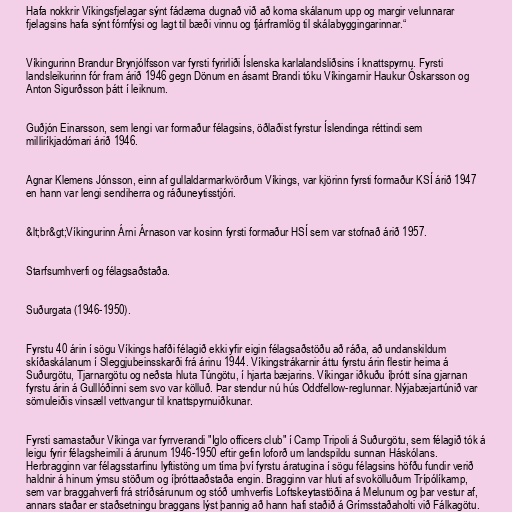
Hafa nokkrir Víkingsfjelagar sýnt fádæma dugnað við að koma skálanum upp og margir velunnarar
fjelagsins hafa sýnt fórnfýsi og lagt til bæði vinnu og fjárframlög til skálabyggingarinnar.“

Víkingurinn Brandur Brynjólfsson var fyrsti fyrirliði Íslenska karlalandsliðsins í knattspyrnu. Fyrsti
landsleikurinn fór fram árið 1946 gegn Dönum en ásamt Brandi tóku Víkingarnir Haukur Óskarsson og
Anton Sigurðsson þátt í leiknum.

Guðjón Einarsson, sem lengi var formaður félagsins, öðlaðist fyrstur Íslendinga réttindi sem
milliríkjadómari árið 1946.

Agnar Klemens Jónsson, einn af gullaldarmarkvörðum Víkings, var kjörinn fyrsti formaður KSÍ árið 1947
en hann var lengi sendiherra og ráðuneytisstjóri.

&lt;br&gt;Víkingurinn Árni Árnason var kosinn fyrsti formaður HSÍ sem var stofnað árið 1957.

Starfsumhverfi og félagsaðstaða.

Suðurgata (1946-1950).

Fyrstu 40 árin í sögu Víkings hafði félagið ekki yfir eigin félagsaðstöðu að ráða, að undanskildum
skíðaskálanum í Sleggjubeinsskarði frá árinu 1944. Víkingstrákarnir áttu fyrstu árin flestir heima á
Suðurgötu, Tjarnargötu og neðsta hluta Túngötu, í hjarta bæjarins. Víkingar iðkuðu íþrótt sína gjarnan
fyrstu árin á Gulllóðinni sem svo var kölluð. Þar stendur nú hús Oddfellow-reglunnar. Nýjabæjartúnið var
sömuleiðis vinsæll vettvangur til knattspyrnuiðkunar.

Fyrsti samastaður Víkinga var fyrrverandi "Iglo officers club" í Camp Tripoli á Suðurgötu, sem félagið tók á
leigu fyrir félagsheimili á árunum 1946-1950 eftir gefin loforð um landspildu sunnan Háskólans.
Herbragginn var félagsstarfinu lyftistöng um tíma því fyrstu áratugina í sögu félagsins höfðu fundir verið
haldnir á hinum ýmsu stöðum og íþróttaaðstaða engin. Bragginn var hluti af svokölluðum Trípólíkamp,
sem var braggahverfi frá stríðsárunum og stóð umhverfis Loftskeytastöðina á Melunum og þar vestur af,
annars staðar er staðsetningu braggans lýst þannig að hann hafi staðið á Grímsstaðaholti við Fálkagötu.